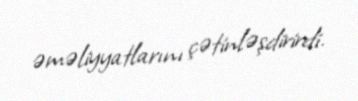
əməliyyatlarını çətinləşdirirdi.